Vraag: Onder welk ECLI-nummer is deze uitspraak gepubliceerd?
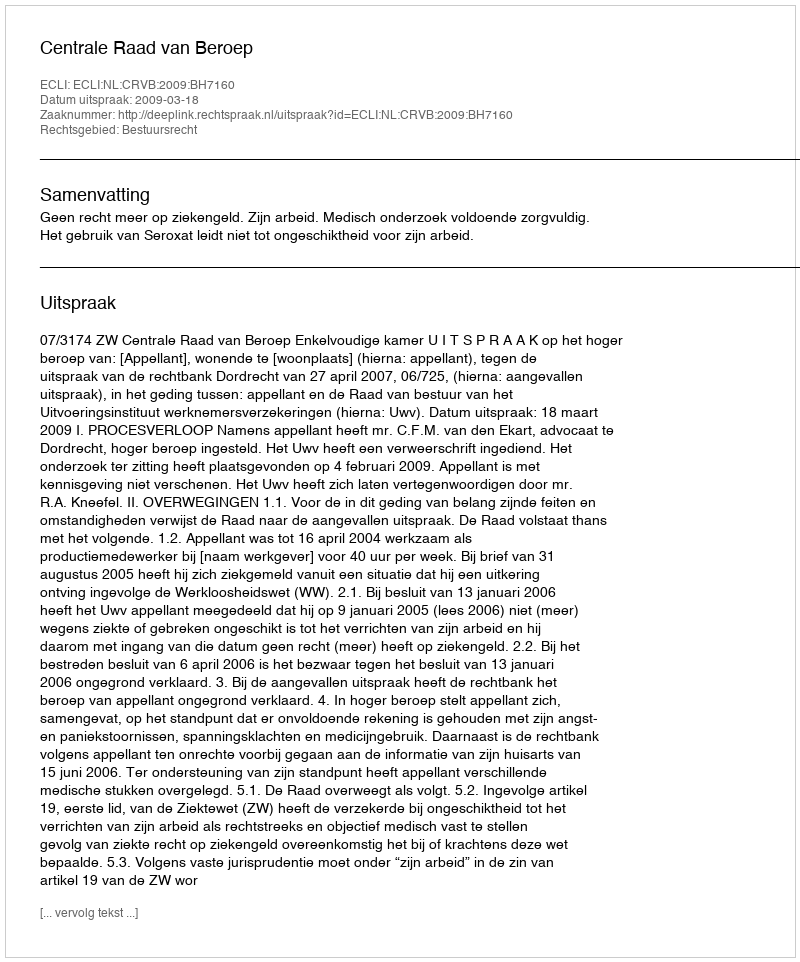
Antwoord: ECLI:NL:CRVB:2009:BH7160